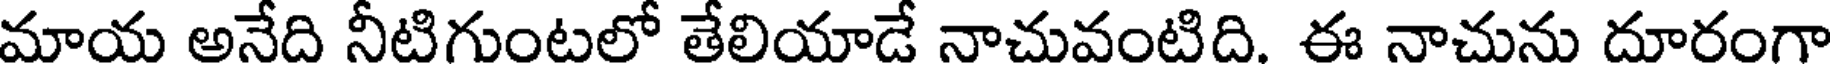
మాయ అనేది నీటిగుంటలో తేలియాడే నాచువంటిది. ఈ నాచును దూరంగా